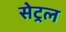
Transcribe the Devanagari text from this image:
सेट्रल